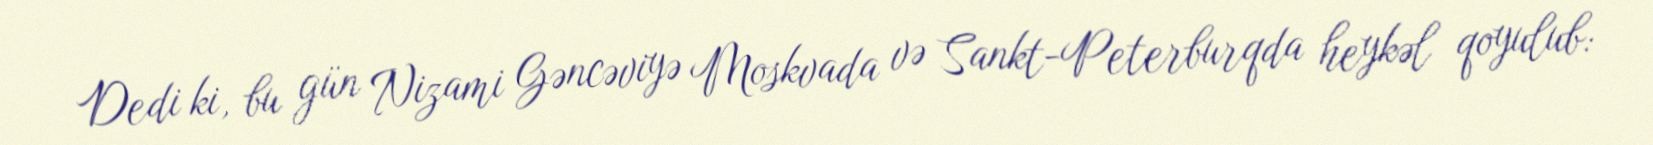
Dedi ki, bu gün Nizami Gəncəviyə Moskvada və Sankt-Peterburqda heykəl qoyulub: